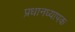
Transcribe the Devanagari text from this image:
प्रधानध्यापक